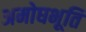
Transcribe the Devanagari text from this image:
अमोघभूति